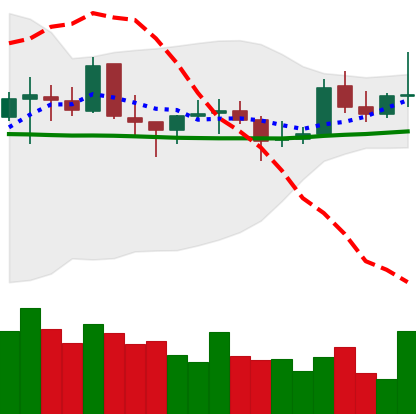
Ticker: EOS-USD
Chart end date: 2021-10-24
Forward return: -5.548%
Label: down_5_7